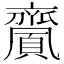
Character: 𪗎